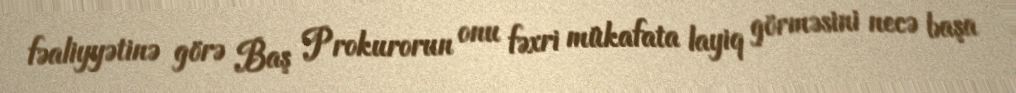
fəaliyyətinə görə Baş Prokurorun onu fəxri mükafata layiq görməsini necə başa